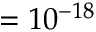
= 1 0 ^ { - 1 8 }